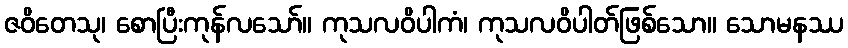
ဇဝိတေသု၊ စောပြီးကုန်လသော်။ ကုသလဝိပါကံ၊ ကုသလဝိပါတ်ဖြစ်သော။ သောမနဿ